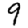
Digit: 9